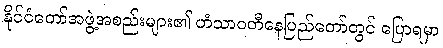
နိုင်ငံတော်အဖွဲ့အစည်းများ၏ ဟံသာဝတီနေပြည်တော်တွင် ပြောရမှာ